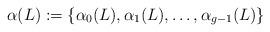
LaTeX: \begin{align*}\alpha(L) :=\{\alpha_0(L), \alpha_1(L), \ldots, \alpha_{g-1}(L)\}\end{align*}